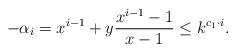
LaTeX: \begin{align*}-\alpha_i=x^{i-1}+y\frac{x^{i-1}-1}{x-1}\le k^{c_1\cdot i}.\end{align*}